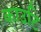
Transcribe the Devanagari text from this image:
काउटि